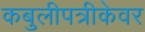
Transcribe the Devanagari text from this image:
कबुलीपत्रीकेवर